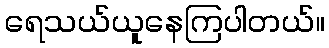
ရေသယ်ယူနေကြပါတယ်။